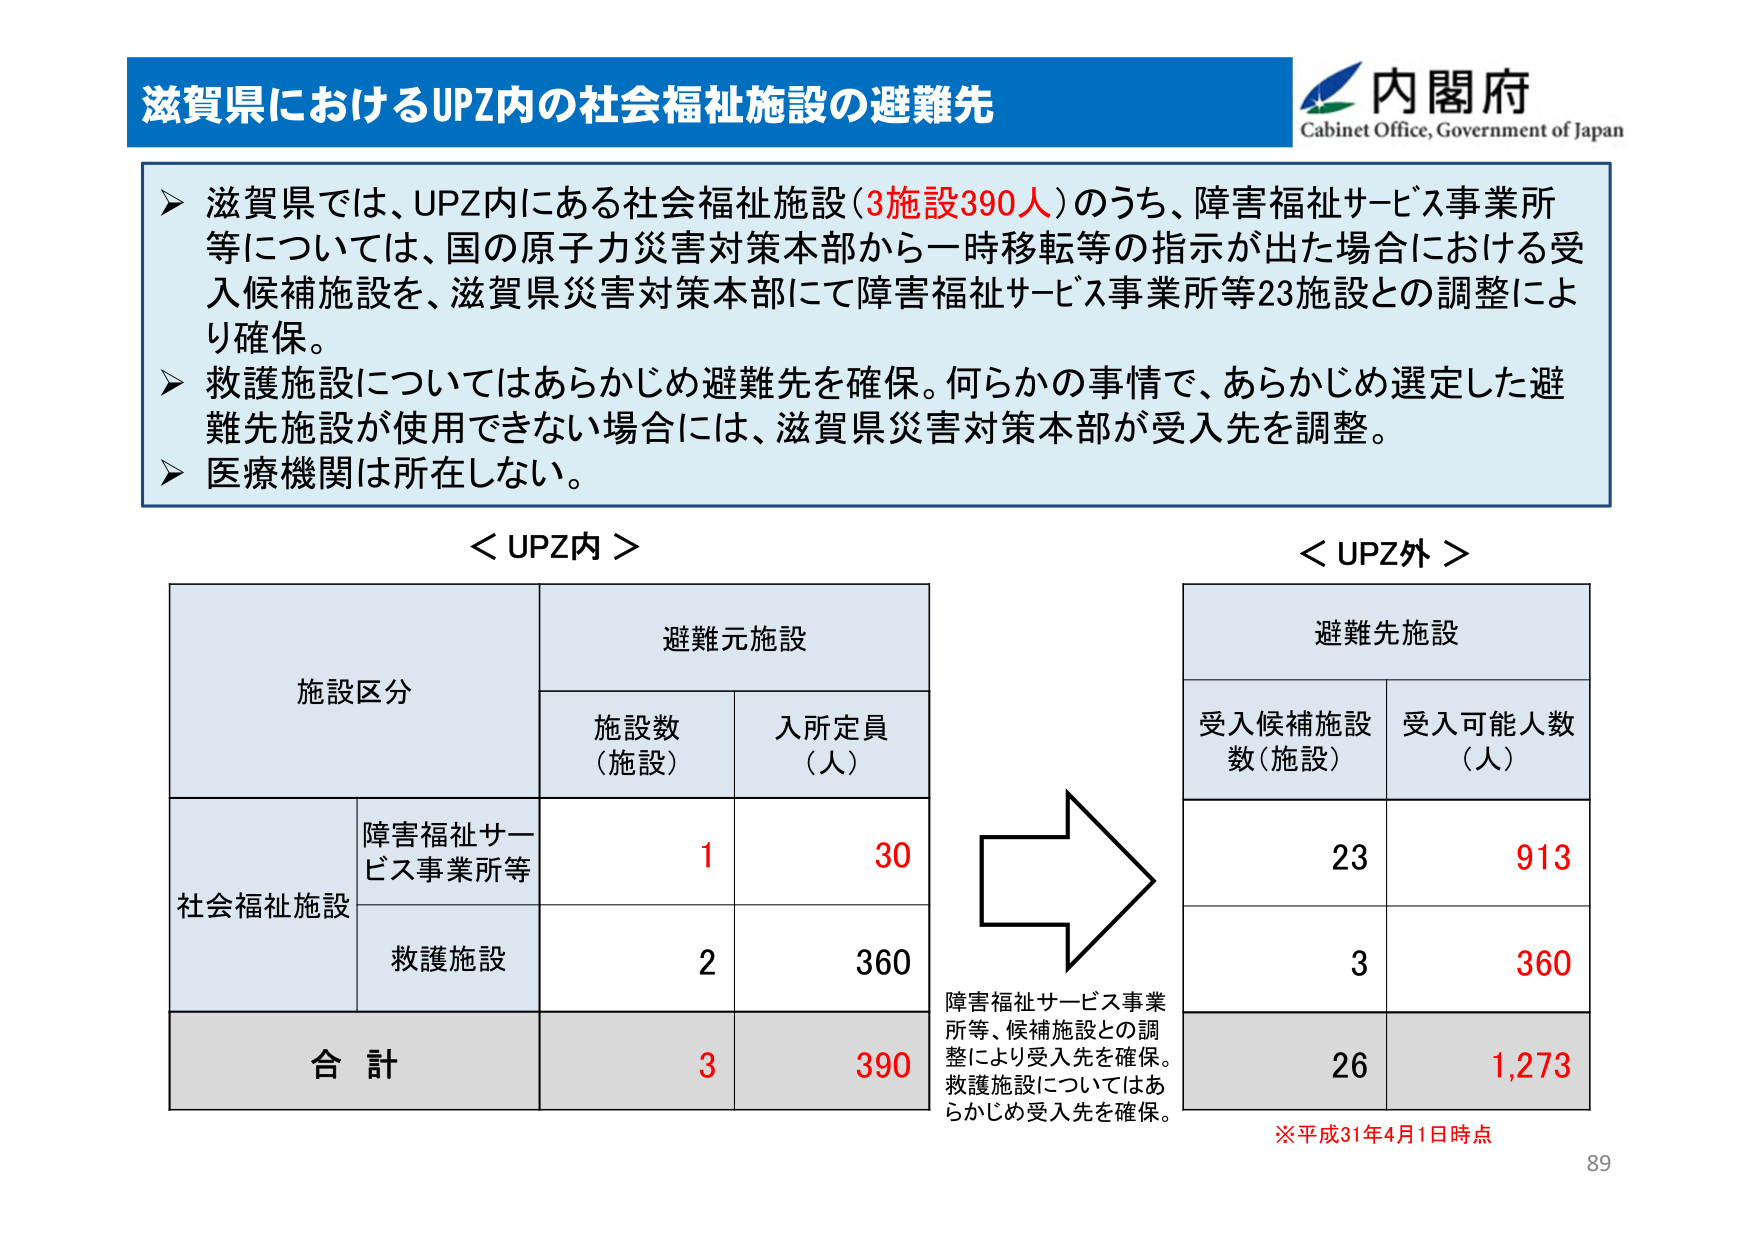
滋賀県におけるUPZ内の社会福祉施設の避難先

内閣府
Cabinet Office, Government of Japan

➤ 滋賀県では、UPZ内にある社会福祉施設（3施設390人）のうち、障害福祉サービス事業所等については、国の原子力災害対策本部から一時移転等の指示が出た場合における受入候補施設を、滋賀県災害対策本部にて障害福祉サービス事業所等23施設との調整により確保。
➤ 救護施設についてはあらかじめ避難先を確保。何らかの事情で、あらかじめ選定した避難先施設が使用できない場合には、滋賀県災害対策本部が受入先を調整。
➤ 医療機関は所在しない。

＜UPZ内＞
施設区分　　　　　　　　　　　避難元施設
　　　　　　　　　　　　　　施設数（施設）　入所定員（人）
社会福祉施設　　　　　　　　障害福祉サービス事業所等　　　1　　　　30
　　　　　　　　　　　　　　救護施設　　　　　　　　　　　2　　　　360
合計　　　　　　　　　　　　　　　　　　　　　　　　　　3　　　　390

＜UPZ外＞
避難先施設
受入候補施設数（施設）　受入可能人数（人）
　　　　　　　　　　　　　　23　　　　　913
　　　　　　　　　　　　　　3　　　　　　360
　　　　　　　　　　　　　　26　　　　　1,273

障害福祉サービス事業所等、候補施設との調整により受入先を確保。救護施設についてはあらかじめ受入先を確保。

※平成31年4月1日時点

89